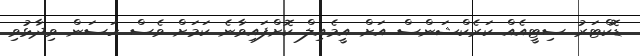
ޑޮކްޓަރު ސިޓީއެއް ކަރެކްޝަންސް އަށް އީމެއިލް ކޮށްފައިވާނެ ކަމަށް ވެސް ހަސަން ވިދާޅުވި